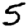
Digit: 5